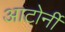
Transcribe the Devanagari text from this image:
आटोर्नी